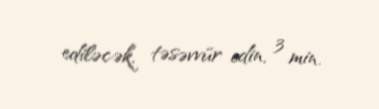
ediləcək, təsəvvür edin, 3 min.